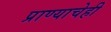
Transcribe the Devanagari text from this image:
प्राण्याचेही